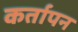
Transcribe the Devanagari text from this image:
कर्तापन